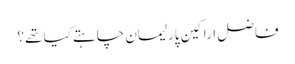
فاضل اراکین پارلیمان چاہتے کیا تھے؟